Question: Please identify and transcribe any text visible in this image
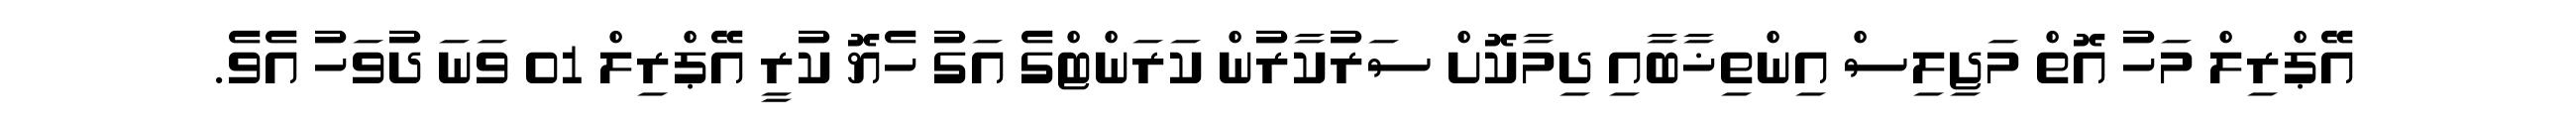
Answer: އޭޕްރިލް މަހު އޮތް މަޖިލިސް އިންތިޚާބާއި ދިމާކޮށް ސަރުކާރުން ކަރަންޓްގެ އަގު ހެޔޮ ކުރީ އޭޕްރިލް 01 ވަނަ ދުވަހު އެވެ.